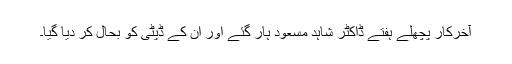
آخرکار پچھلے ہفتے ڈاکٹر شاہد مسعود ہار گئے اور ان کے ڈپٹی کو بحال کر دیا گیا۔